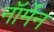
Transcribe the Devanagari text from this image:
नॉर्मेन